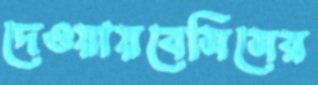
দেওয়ায়বেসিসের